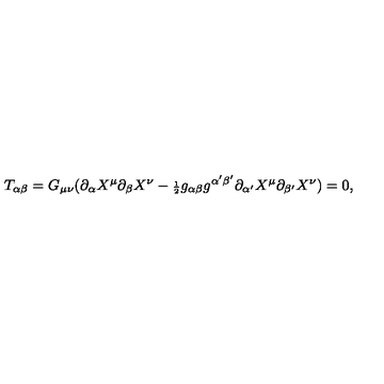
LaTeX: T _ { \alpha \beta } = G _ { \mu \nu } ( \partial _ { \alpha } X ^ { \mu } \partial _ { \beta } X ^ { \nu } - { \scriptstyle \frac { 1 } { 2 } } g _ { \alpha \beta } g ^ { \alpha ^ { \prime } \beta ^ { \prime } } \partial _ { \alpha ^ { \prime } } X ^ { \mu } \partial _ { \beta ^ { \prime } } X ^ { \nu } ) = 0 ,